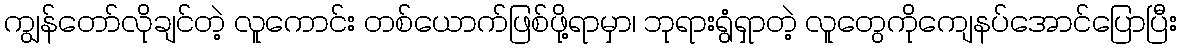
ကျွန်တော်လိုချင်တဲ့ လူကောင်း တစ်ယောက်ဖြစ်ဖို့ရာမှာ၊ ဘုရားရွံရှာတဲ့ လူတွေကိုကျေနပ်အောင်ပြောပြီး